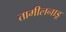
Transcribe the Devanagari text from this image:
तामीलनाडू